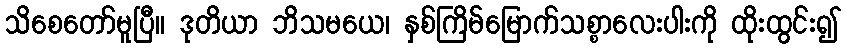
သိစေတော်မူပြီ။ ဒုတိယာ ဘိသမယေ၊ နှစ်ကြိမ်မြောက်သစ္စာလေးပါးကို ထိုးထွင်း၍